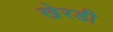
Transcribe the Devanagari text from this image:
खेरडी